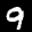
Label: 9